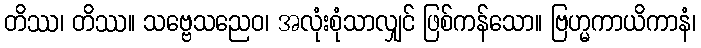
တိဿ၊ တိဿ။ သဗ္ဗေသညေဝ၊ အလုံးစုံသာလျှင် ဖြစ်ကန်သော။ ဗြဟ္မကာယိကာနံ၊